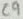
Text: C9